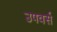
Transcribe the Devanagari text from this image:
उपवर्स